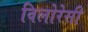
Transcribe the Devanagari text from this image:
विलोरेसी